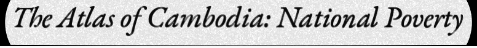
The Atlas of Cambodia: National Poverty